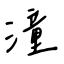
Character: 潼